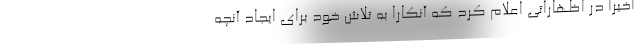
اخیرا در اظهاراتی اعلام کرد که آنکارا به تلاش خود برای ایجاد آنچه